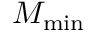
M _ { \mathrm { m i n } }